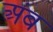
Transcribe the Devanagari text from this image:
अंब